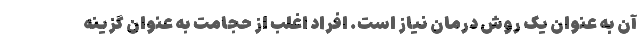
آن به عنوان یک روش درمان نیاز است. افراد اغلب از حجامت به عنوان گزینه